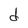
Character: d